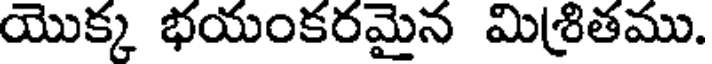
యొక్క భయంకరమైన మిశ్రితము.